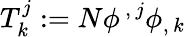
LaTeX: T_{k}^{j}:=N\phi^{\, ,\, j}\phi_{,\, k}